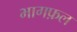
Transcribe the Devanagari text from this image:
भागफ़ल